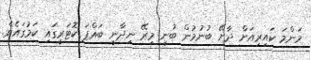
މަންމަ ކައިރިއަށް ދާށޭ ބުނުމުން ބުނީ މިރޭ ނިދާނީ ބައްޕަ ކޮޓަރީގައި ކަމުގައެވެ.